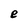
Character: e